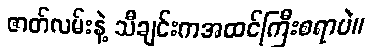
ဇာတ်လမ်းနဲ့ သီချင်းကအထင်ကြီးစရာပဲ။